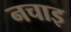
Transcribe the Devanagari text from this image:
नचाइ